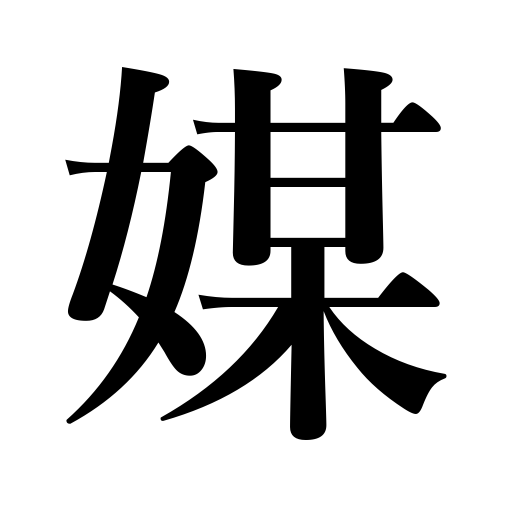
Meanings: go-between